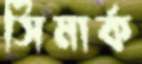
সিমার্ক